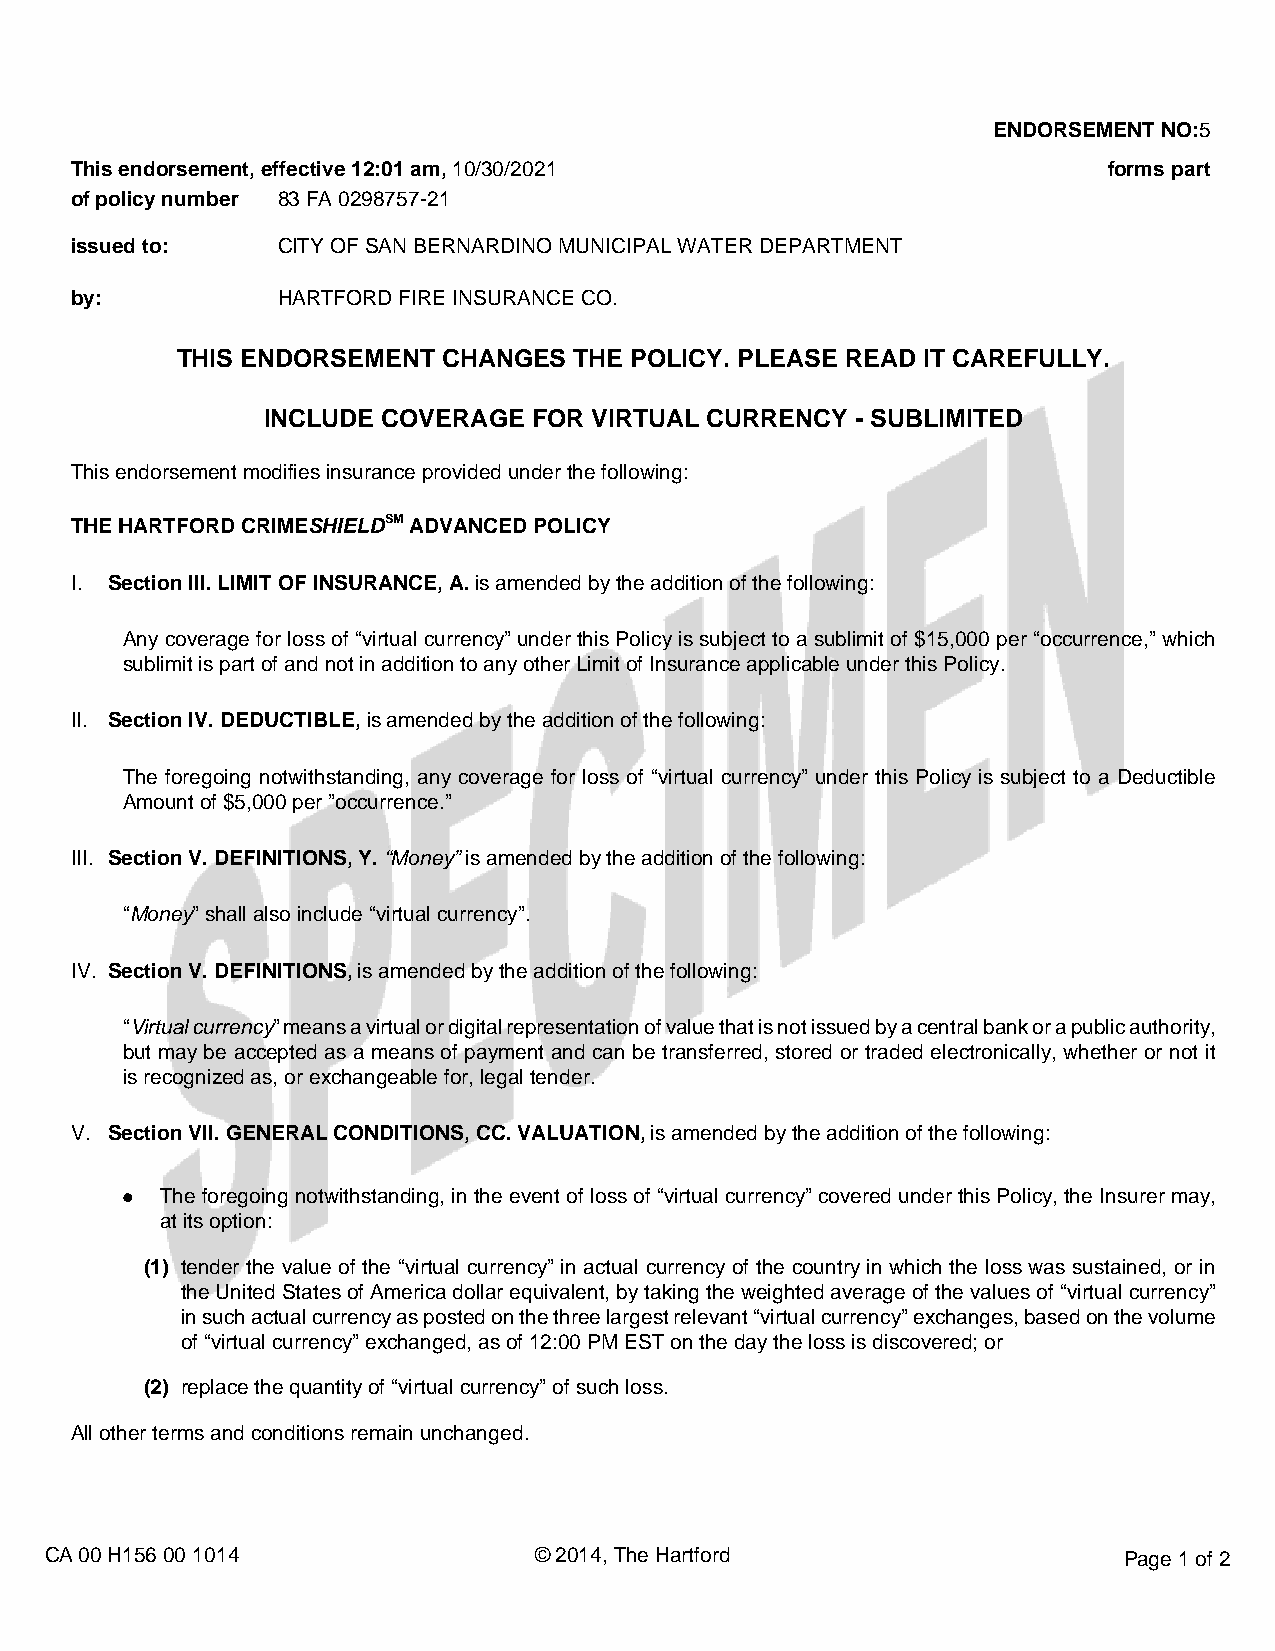
ENDORSEMENT NO:5
 This endorsement, effective 12:01 am, 10/30/2021                    forms part
 of policy number 83 FA 0298757-21
 issued to:   CITY OF SAN BERNARDINO MUNICIPAL WATER DEPARTMENT
 by:          HARTFORD FIRE INSURANCE CO.
 THIS ENDORSEMENT CHANGES  THE POLICY. PLEASE READ IT CAREFULLY.
 INCLUDE COVERAGE  FOR VIRTUAL CURRENCY  - SUBLIMITED
 This endorsement modifies insurance provided under the following:
 THE HARTFORD CRIMESHIELDSM ADVANCED POLICY
 I. Section III. LIMIT OF INSURANCE, A. is amended by the addition of the following:
 Any coverage for loss of “virtual currency” under this Policy is subject to a sublimit of $15,000 per “occurrence,” which
 sublimit is part of and not in addition to any other Limit of Insurance applicable under this Policy.
 II. Section IV. DEDUCTIBLE, is amended by the addition of the following:
 The foregoing notwithstanding, any coverage for loss of “virtual currency” under this Policy is subject to a Deductible
 Amount of $5,000 per ”occurrence.”
 III. Section V. DEFINITIONS, Y. “Money” is amended by the addition of the following:
 “Money” shall also include “virtual currency”.
 IV. Section V. DEFINITIONS, is amended by the addition of the following:
 “Virtual currency” means a virtual or digital representation of value that is not issued by a central bank or a public authority,
 but may be accepted as a means of payment and can be transferred, stored or traded electronically, whether or not it
 is recognized as, or exchangeable for, legal tender.
 V. Section VII. GENERAL CONDITIONS, CC. VALUATION, is amended by the addition of the following:
 ●  The foregoing notwithstanding, in the event of loss of “virtual currency” covered under this Policy, the Insurer may,
 at its option:
 (1) tender the value of the “virtual currency” in actual currency of the country in which the loss was sustained, or in
 the United States of America dollar equivalent, by taking the weighted average of the values of “virtual currency”
 in such actual currency as posted on the three largest relevant “virtual currency” exchanges, based on the volume
 of “virtual currency” exchanged, as of 12:00 PM EST on the day the loss is discovered; or
 (2) replace the quantity of “virtual currency” of such loss.
 All other terms and conditions remain unchanged.
 CA 00 H156 00 1014              © 2014, The Hartford                   Page 1 of 2